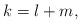
LaTeX: \begin{align*}k=l+m,\end{align*}